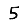
Digit: 5